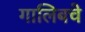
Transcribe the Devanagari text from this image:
गालिबचे